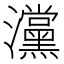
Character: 灙